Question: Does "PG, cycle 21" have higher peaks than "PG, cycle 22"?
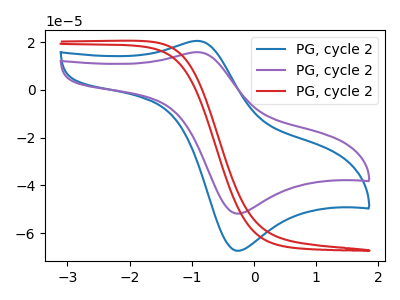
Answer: <think>The blue curve "PG, cycle 21" has an anodic peak at (-0.90V, 20.50uA) and a cathodic peak at (-0.30V, -67.35uA). The purple curve "PG, cycle 22" has an anodic peak at (-0.90V, 15.75uA) and a cathodic peak at (-0.30V, -51.80uA). The red curve "PG, cycle 23" has no peaks.</think>
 <answer>Every peak in "PG, cycle 21" is higher than every peak in "PG, cycle 22".</answer>
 <eval>higher</eval>